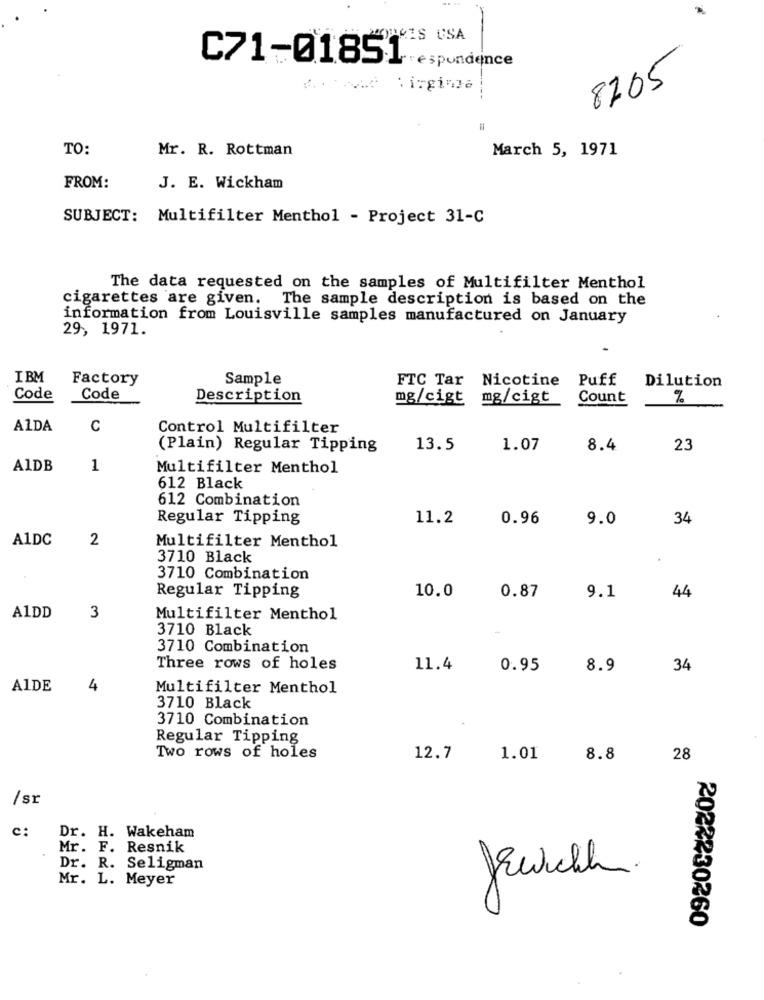
PRIS USA
C71-01851
espondence
8705
TO:
Mr. R. Rottman
March 5, 1971
FROM:
J. E. Wickham
SUBJECT: Multifilter Menthol - Project 31-C
The data requested on the samples of Multifilter Menthol
cigarettes are given.
The sample description is based on the
information from Louisville samples manufactured on January
29, 1971.
IBM
Factory
Sample
FTC Tar Nicotine Puff
Dilution
Code
Code
Description
mg/cigt mg/cigt
Count
%
A1DA
C
Control Multifilter
(Plain) Regular Tipping
13.5
1.07
8.4
23
A1DB
1
Multifilter Menthol
612 Black
612 Combination
Regular Tipping
11.2
0.96
9.0
34
A1DC
2
Multifilter Menthol
3710 Black
3710 Combination
Regular Tipping
10.0
9.1
44
0.87
A1DD
3
Multifilter Menthol
3710 Black
3710 Combination
Three rows of holes
11.4
0.95
8.9
34
A1DE
4
Multifilter Menthol
3710 Black
3710 Combination
Regular Tipping
Two rows of holes
12.7
1.01
8.8
28
/sr
c:
Dr. H. Wakeham
Mr. F. Resnik
Dr. R. Seligman
Mr. L. Meyer
2022230260